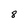
Character: 8